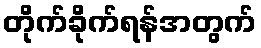
တိုက်ခိုက်ရန်အတွက်